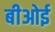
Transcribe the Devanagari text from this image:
बीओई